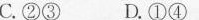
C.②③ D.①④